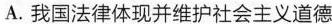
A.我国法律体现并维护社会主义道德